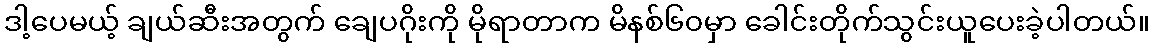
ဒါ့ပေမယ့် ချယ်ဆီးအတွက် ချေပဂိုးကို မိုရာတာက မိနစ်၆၀မှာ ခေါင်းတိုက်သွင်းယူပေးခဲ့ပါတယ်။